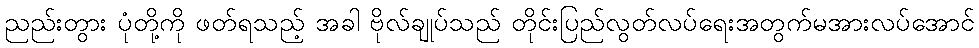
ညည်းတွား ပုံတို့ကို ဖတ်ရသည့် အခါ ဗိုလ်ချုပ်သည် တိုင်းပြည်လွတ်လပ်ရေးအတွက်မအားလပ်အောင်